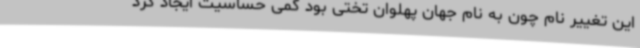
این تغییر نام چون به نام جهان پهلوان تختی بود کمی حساسیت ایجاد کرد